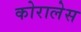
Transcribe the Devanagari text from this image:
कोरालेस